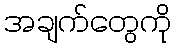
အချက်တွေကို